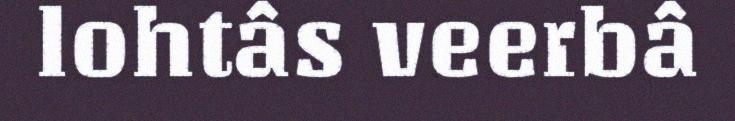
lohtâs veerbâ